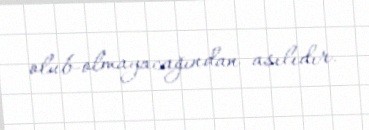
olub-olmayacağından asılıdır.